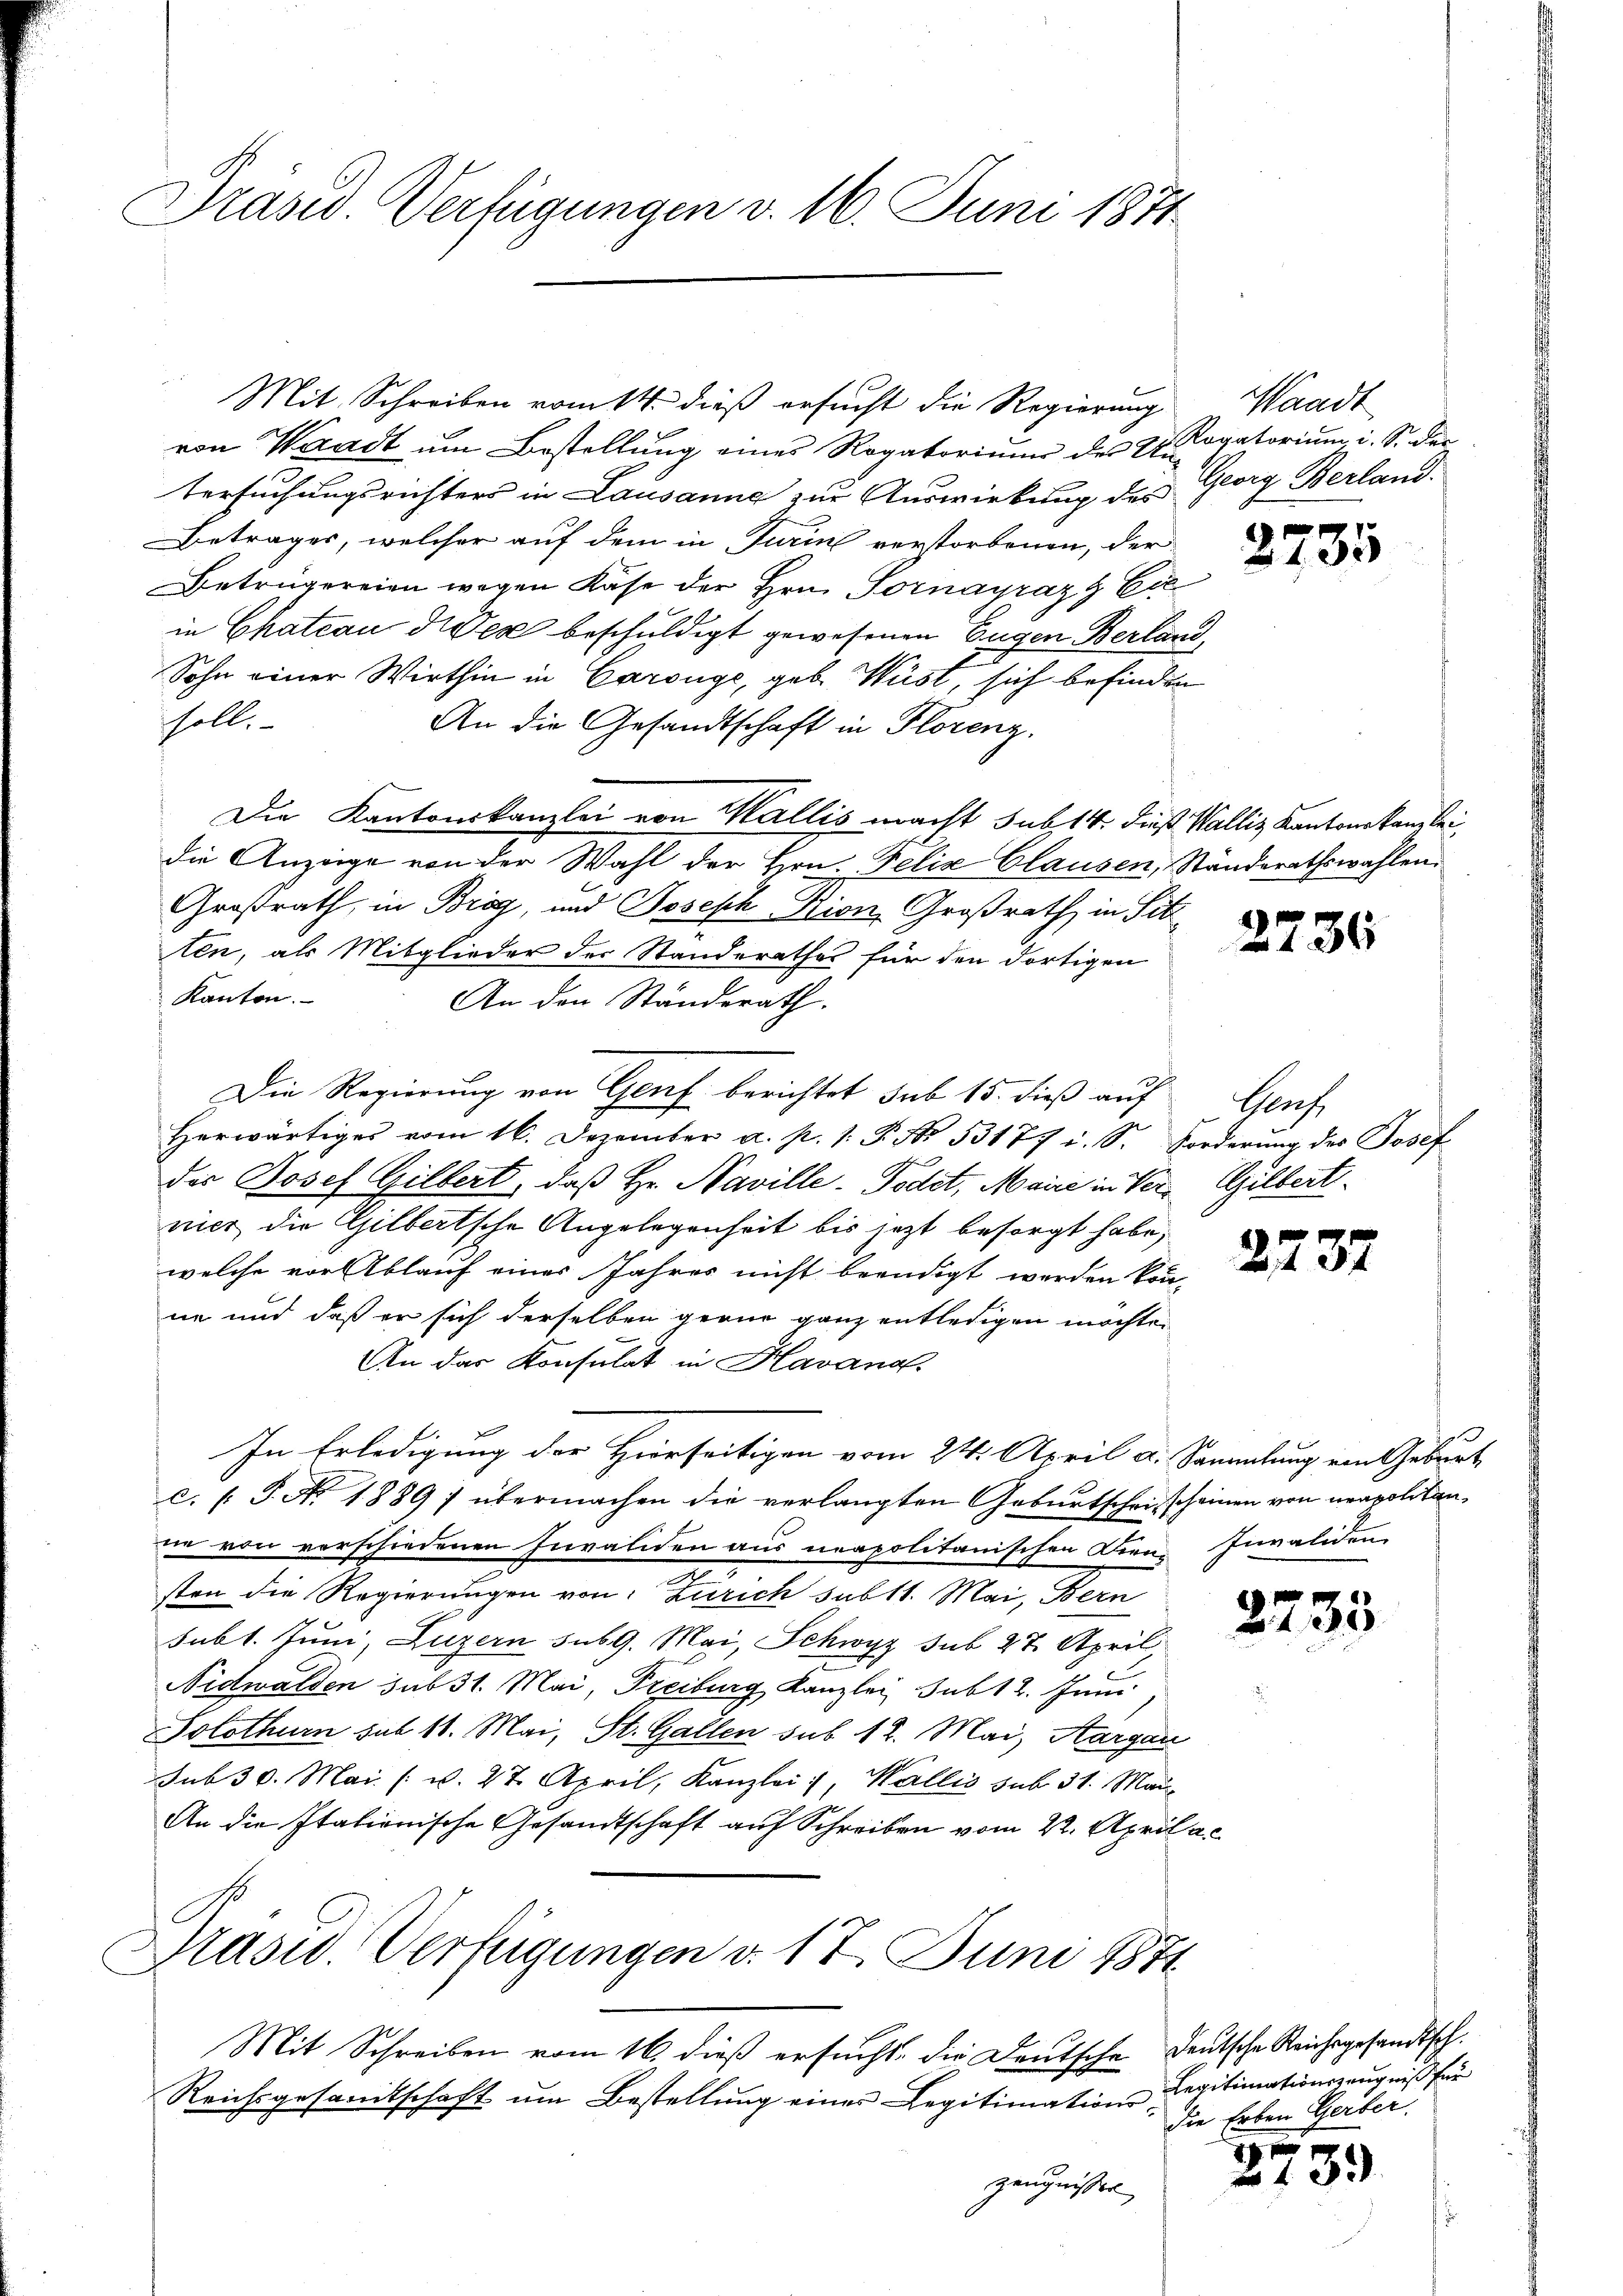
Präsid. Verfügungen v. 16. Juni 1871

Mit Schreiben vom 14. dieß ersucht die Regierung
von Waadt um Bestellung eines Rogatorium der 2 Kantorium i. S. der
tersuchungsrichters in Lausanne zur Auswirkung des Georg Berland.
Betrages, welcher auf dem in Turin verstorbenen, der
Betrügereien wegen Käse der Hrn. Sornayraz & Ciein Chateau dien beschuldigt gewesenen Eugen Berland,
Sohn einer Wirthin in Carouge, geb. Wüst, sich befinden
solle
An die Gesandtschaft in Florenz.
Die Kantonskanzlei von Wallis macht sub 14. dieß Wallis Kantonskanzleidie Anzeige von der Wahl der Hrn. Felix Clausen, Ständerathswahlen
Großrath, in Brig, und Joseph Kion, Großrath in Sitt
ten, als Mitglieder der Standerathes für den dortigen
Kanton.
An den Ständerath.
Die Regierung von Genf berichtet sub 15. dieß auf Genf
herwärtiges vom 16. Dezember a. p. 1. P. Nr. 53177 i. S. Forderŭng des Josef
des Josef Gilbert, daß Hr. Naville. Todet, Maire in Ver- Gilbert
nier die Gilbertsche Angelegenheit bis jetzt besorgt habe,
welche vor Ablauf eines Jahres nicht beendigt werden kön-
ne und daß er sich derselben gerne ganz entledigen möchte.
An der Konsulat in Havana
In Erledigung der Hierseitigen vom 24. April a. Sammlung von Geburt,
c. (T. No 1889/ übermachen die verlangten Geburtschein scheinen von neapolitanne von verschiedenen Invaliden aus neapolitanischen Diene Invaliden
sten die Regierungen von Zürich sub 11. Mai, Bern
Subt. Juni, Luzern des G. Mai, Schwyz sub 27. April
Nidwalden sub 31. Mai, Preiburg, Kanzlei Subt 2. Jun
Solothurn sub 11. Mai, St. Gallen sub 12. Mai, Aargau
sub 30. Mai v. 27. April, Kanzlei, Wallis sub 31. Mau¬
An die Italienische Gesandtschaft auf Schreiben vom 22. April a.
Hasid. Verfügungen d. 17. Juni 1871
Mit Schreiben vom 16. dieß ersucht, die Deutsche Deutsche Reichsgesandtsch.
Reichsgesandtschaft um Bestellung eines Legitimations-
zeugnisse

Waadt

2735

2737

Legitimationszeugniß für
Die Erben Geiber.

2 x